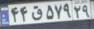
۴۴ق۵۷۹۲۹